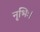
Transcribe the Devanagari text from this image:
नृभिः।